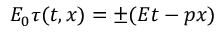
E _ { 0 } \tau ( t , x ) = \pm ( E t - p x )